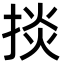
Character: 掞